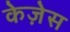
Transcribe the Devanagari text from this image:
केज़ेस